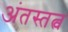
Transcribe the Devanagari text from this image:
अंतस्तत्व